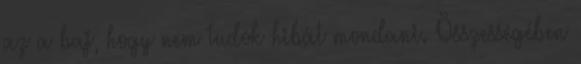
az a baj, hogy nem tudok hibát mondani. Összességében